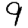
Digit: 9